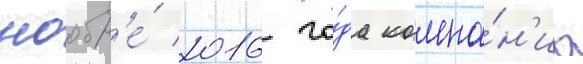
ноабр'е́ 2016 го́да компа́н'иа